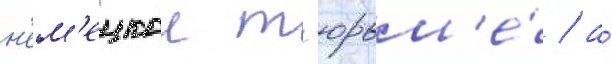
н'ем'ецкои т'юрьм'е́ / а́